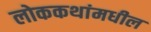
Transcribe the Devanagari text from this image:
लोककथांमधील